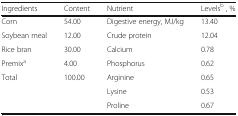
<table><thead><tr><td><b>Ingredients</b></td><td><b>Content</b></td><td><b>Nutrient</b></td><td><b>Levels<sup>b</sup> , %</b></td></tr></thead><tbody><tr><td>Corn</td><td>54.00</td><td>Digestive energy, MJ/kg</td><td>13.40</td></tr><tr><td>Soybean meal</td><td>12.00</td><td>Crude protein</td><td>12.04</td></tr><tr><td>Rice bran</td><td>30.00</td><td>Calcium</td><td>0.78</td></tr><tr><td>Premix<sup>a</sup></td><td>4.00</td><td>Phosphorus</td><td>0.62</td></tr><tr><td>Total</td><td>100.00</td><td>Arginine</td><td>0.65</td></tr><tr><td></td><td></td><td>Lysine</td><td>0.53</td></tr><tr><td></td><td></td><td>Proline</td><td>0.67</td></tr></tbody></table>